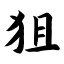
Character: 狙